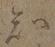
知